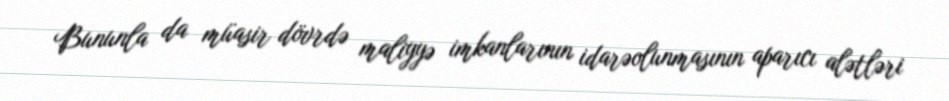
Bununla da müasir dövrdə maliyyə imkanlarının idarəolunmasının aparıcı alətləri